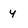
Character: y